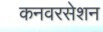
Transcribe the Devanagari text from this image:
कनवरसेशन